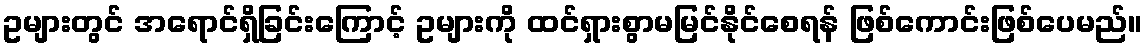
ဥများတွင် အရောင်ရှိခြင်းကြောင့် ဥများကို ထင်ရှားစွာမမြင်နိုင်စေရန် ဖြစ်ကောင်းဖြစ်ပေမည်။